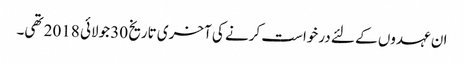
ان عہدوں کے لئے درخواست کرنے کی آخری تاریخ 30 جولائی 2018 تھی۔